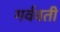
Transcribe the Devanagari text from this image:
गर्ववती